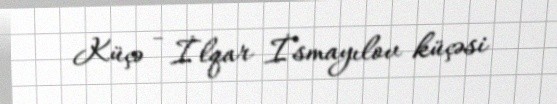
Küçə - İlqar İsmayılov küçəsi